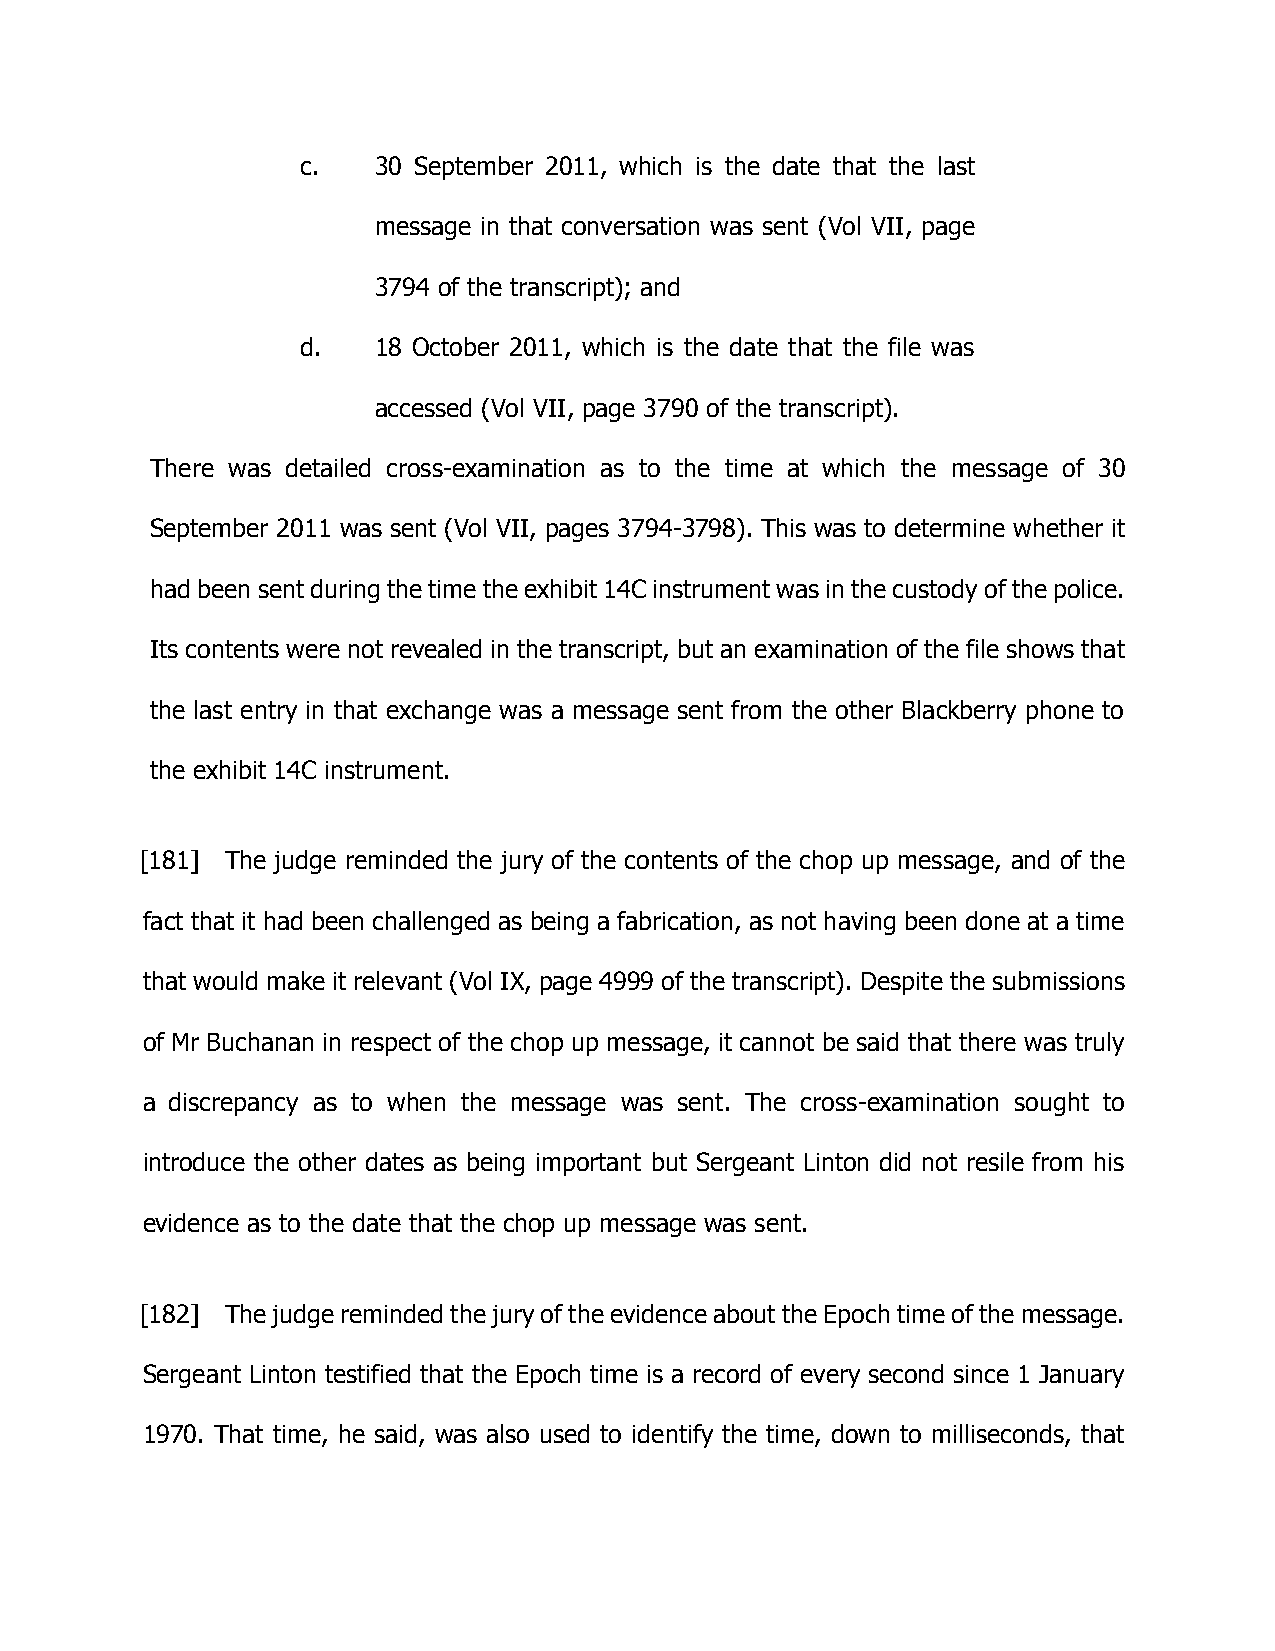
c.   30 September 2011, which is the date that the last
 message in that conversation was sent (Vol VII, page
 3794 of the transcript); and
 d.   18 October 2011, which is the date that the file was
 accessed (Vol VII, page 3790 of the transcript).
 There was detailed cross-examination as to the time at which the message of 30
 September 2011 was sent (Vol VII, pages 3794-3798). This was to determine whether it
 had been sent during the time the exhibit 14C instrument was in the custody of the police.
 Its contents were not revealed in the transcript, but an examination of the file shows that
 the last entry in that exchange was a message sent from the other Blackberry phone to
 the exhibit 14C instrument.
 [181] The judge reminded the jury of the contents of the chop up message, and of the
 fact that it had been challenged as being a fabrication, as not having been done at a time
 that would make it relevant (Vol IX, page 4999 of the transcript). Despite the submissions
 of Mr Buchanan in respect of the chop up message, it cannot be said that there was truly
 a discrepancy as to when the message was sent. The cross-examination sought to
 introduce the other dates as being important but Sergeant Linton did not resile from his
 evidence as to the date that the chop up message was sent.
 [182] The judge reminded the jury of the evidence about the Epoch time of the message.
 Sergeant Linton testified that the Epoch time is a record of every second since 1 January
 1970. That time, he said, was also used to identify the time, down to milliseconds, that